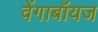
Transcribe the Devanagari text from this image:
वेंगाबॉयज